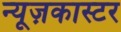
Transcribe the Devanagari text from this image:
न्यूज़कास्टर